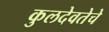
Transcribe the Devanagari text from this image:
कुलदेवतेचे